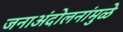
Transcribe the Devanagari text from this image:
जनाअंदोलनांमुळे